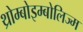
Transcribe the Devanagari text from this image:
थ्रोम्बोइम्बोलिज्म